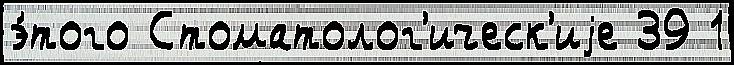
э́того Стоматолог'ическ'иjе 39 1